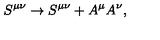
S ^ { \mu \nu } \rightarrow S ^ { \mu \nu } + A ^ { \mu } A ^ { \nu } ,